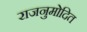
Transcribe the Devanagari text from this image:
राजनुमोदित